342_HS1-416511228_319.1 Flying Discs 1949
Agency: Department of War
Incident date: 1/9/50
Page 49
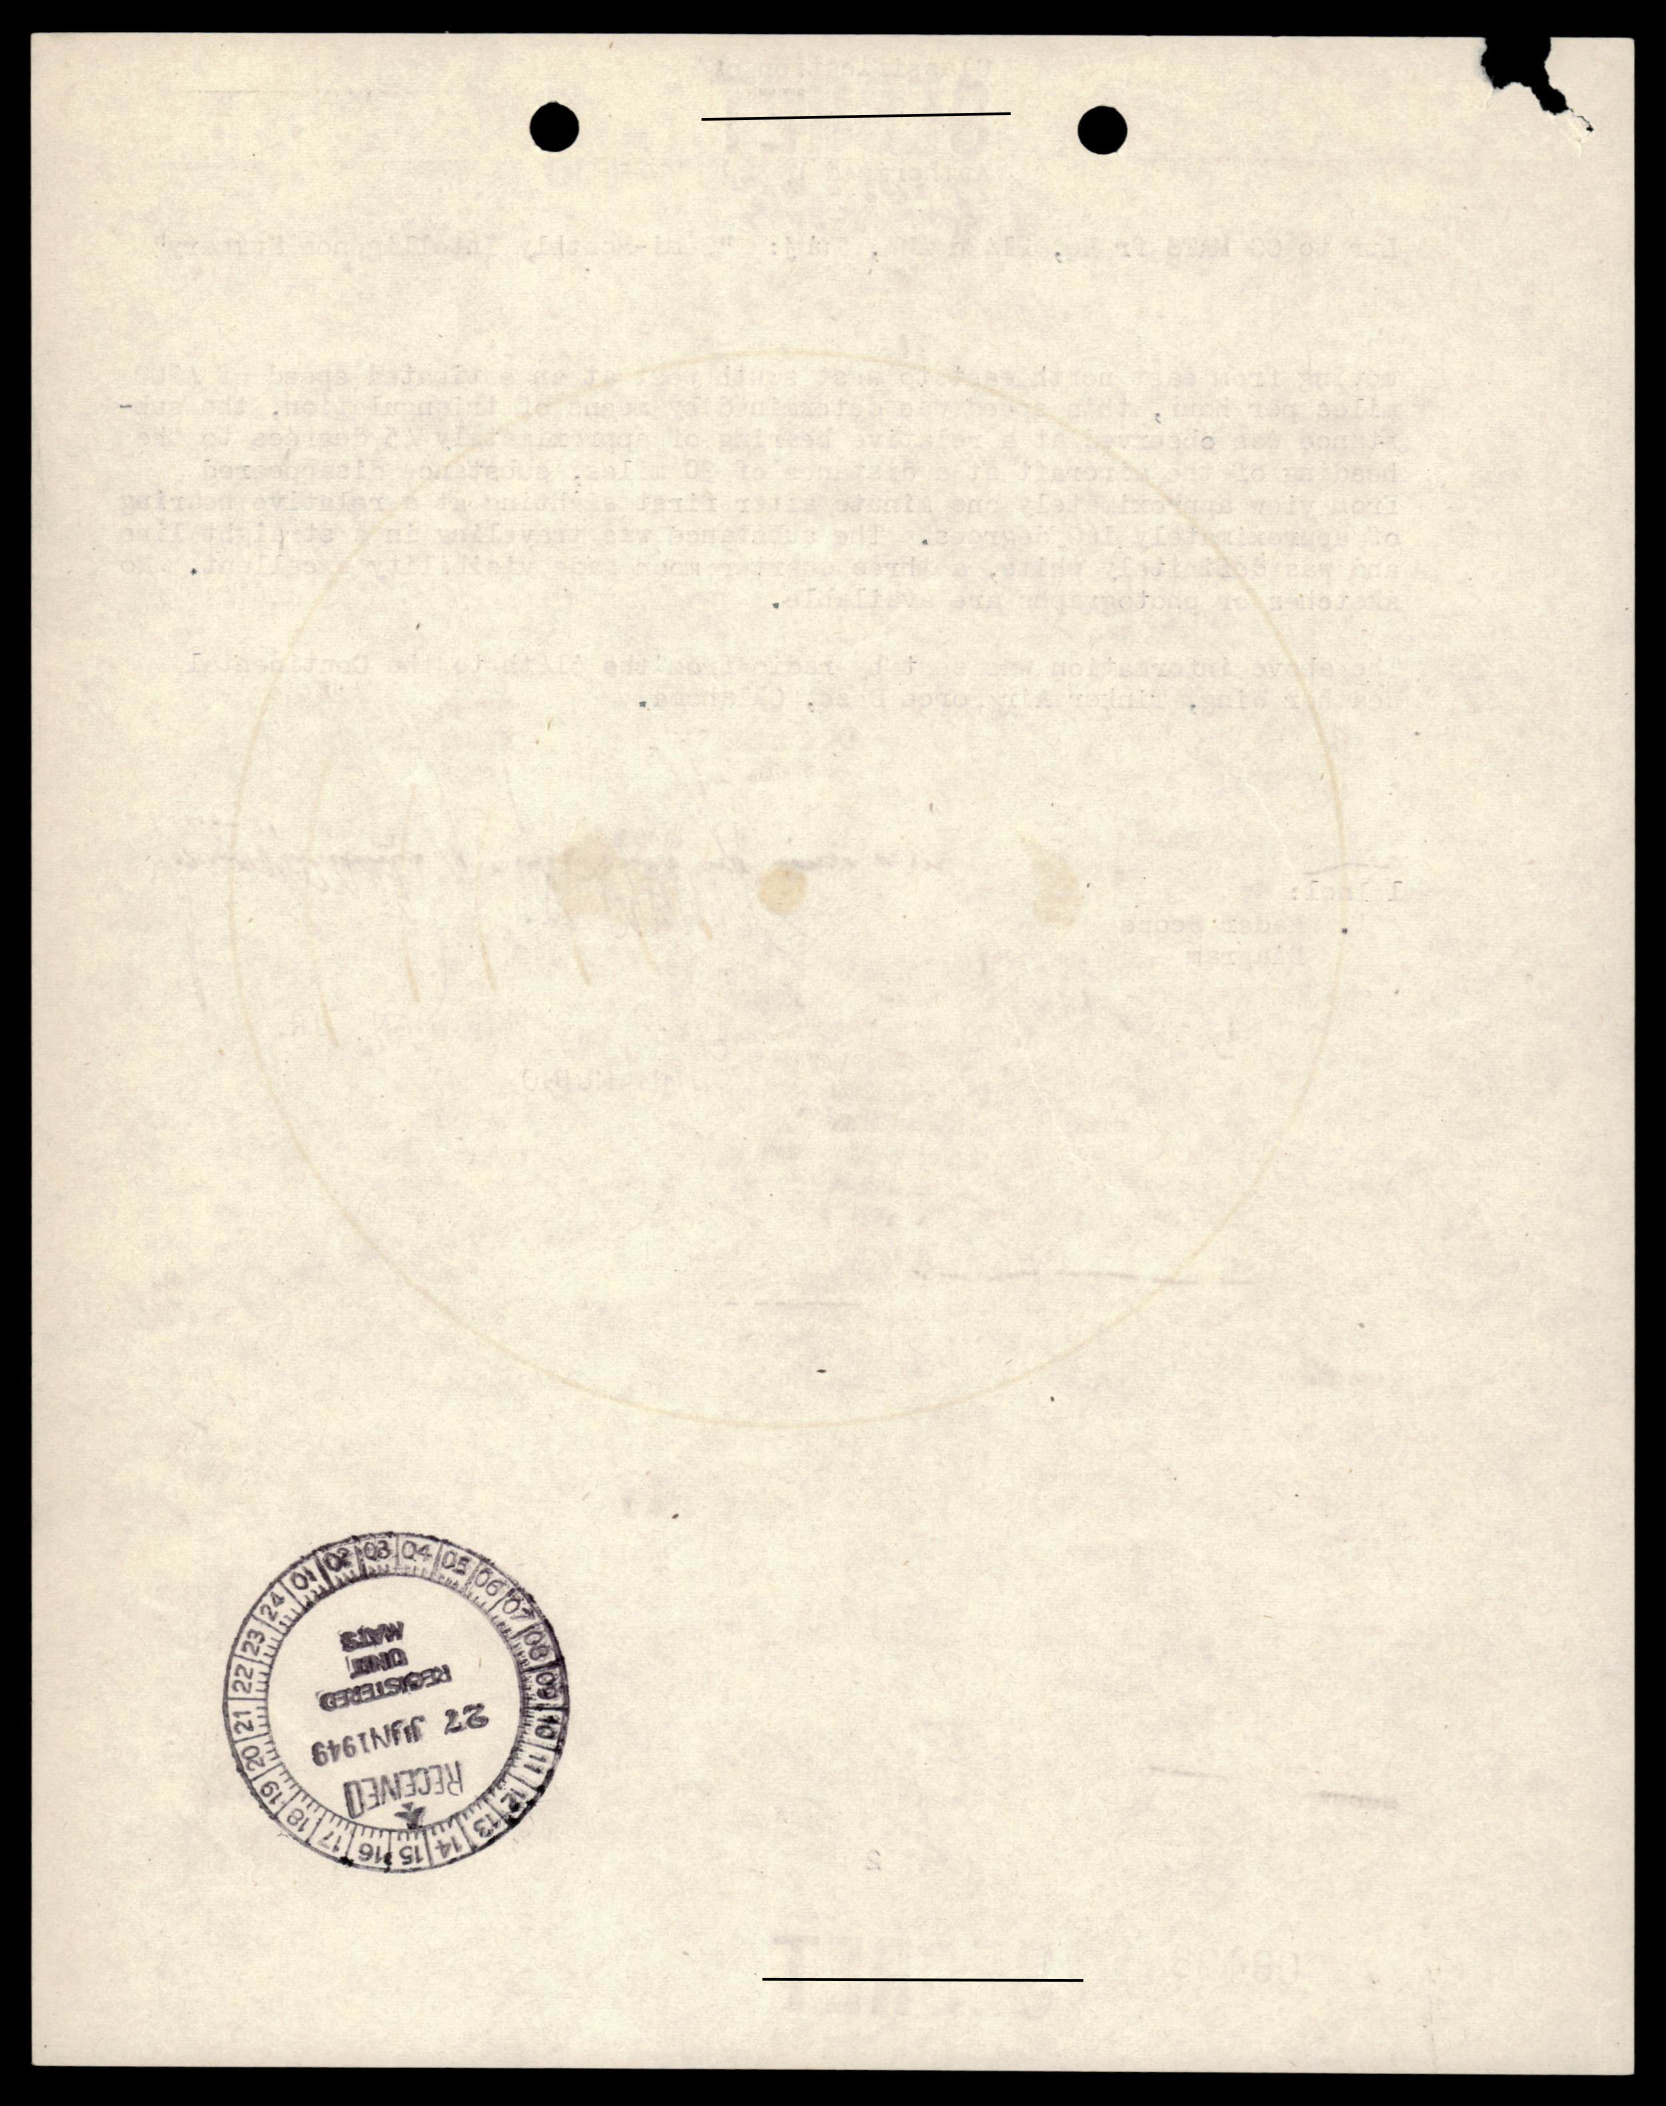